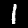
Label: 1